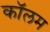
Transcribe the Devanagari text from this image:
काॅलम